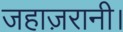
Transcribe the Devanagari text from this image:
जहाज़रानी।